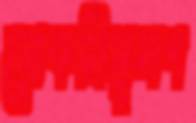
মোকসিমুলগ